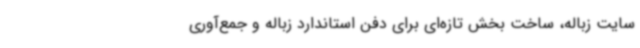
سایت زباله، ساخت بخش تازه‌ای برای دفن استاندارد زباله و جمع‌آوری